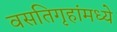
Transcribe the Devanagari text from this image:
वसतिगृहांमध्ये